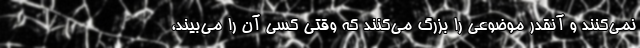
نمی‌کنند و آنقدر موضوعی را بزرگ می‌کنند که وقتی کسی آن را می‌بیند،